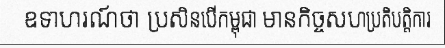
ឧទាហរណ៍ថា ប្រសិនបើកម្ពុជា មានកិច្ចសហប្រតិបត្តិការ